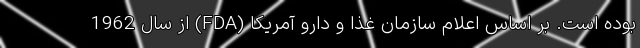
بوده است. بر اساس اعلام سازمان غذا و دارو آمریکا (FDA) از سال 1962